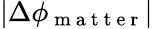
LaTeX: |\Delta\phi_{\mathrm{~m~a~t~t~e~r~}}|